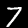
Digit: 7